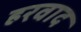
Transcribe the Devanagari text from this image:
हरवाद